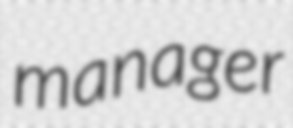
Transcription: manager